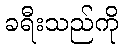
ခရီးသည်ကို